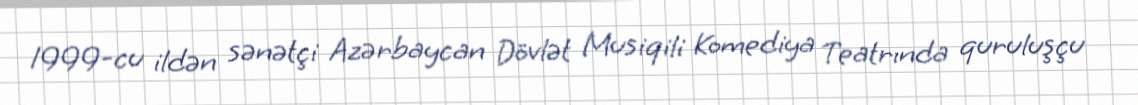
1999-cu ildən sənətçi Azərbaycan Dövlət Musiqili Komediya Teatrında quruluşçu